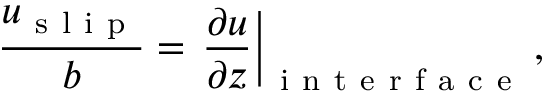
\frac { u _ { \mathrm { ~ s ~ l ~ i ~ p ~ } } } { b } = \left. \frac { \partial u } { \partial z } \right| _ { \mathrm { ~ i ~ n ~ t ~ e ~ r ~ f ~ a ~ c ~ e ~ } } ,